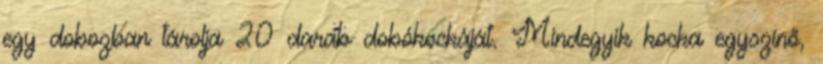
egy dobozban tárolja 20 darab dobókockáját. Mindegyik kocka egyszínő,